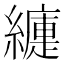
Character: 𦆍